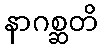
နာဂစ္ဆတိ